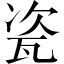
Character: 瓷